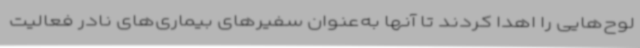
لوح‌هایی را اهدا کردند تا آنها به‌عنوان سفیرهای بیماری‌های نادر فعالیت